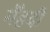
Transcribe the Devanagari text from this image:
मेँहदी